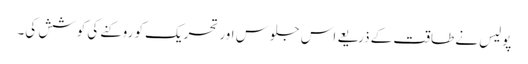
پولیس نے طاقت کے ذریعے اس جلوس اور تحریک کو روکنے کی کوشش کی۔